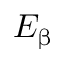
E _ { \upbeta }